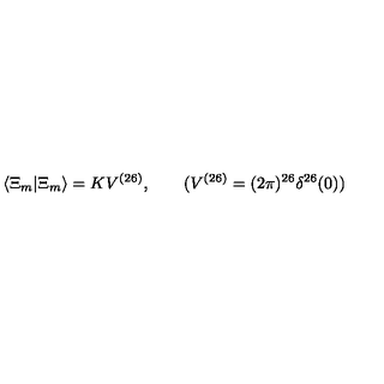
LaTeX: \langle \Xi _ { m } | \Xi _ { m } \rangle = K V ^ { ( 2 6 ) } , \qquad ( V ^ { ( 2 6 ) } = ( 2 \pi ) ^ { 2 6 } \delta ^ { 2 6 } ( 0 ) )